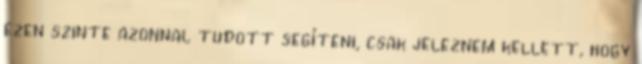
ezen szinte azonnal tudott segíteni, csak jeleznem kellett, hogy